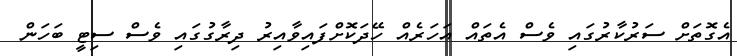
އެގޮތަށް ސަރުކާރުގައި ވެސް އެތައް އަހަރެއް ހޭދަކޮށްފައިވާއިރު ދިރާގުގައި ވެސް ސިޓީ ބަހަން